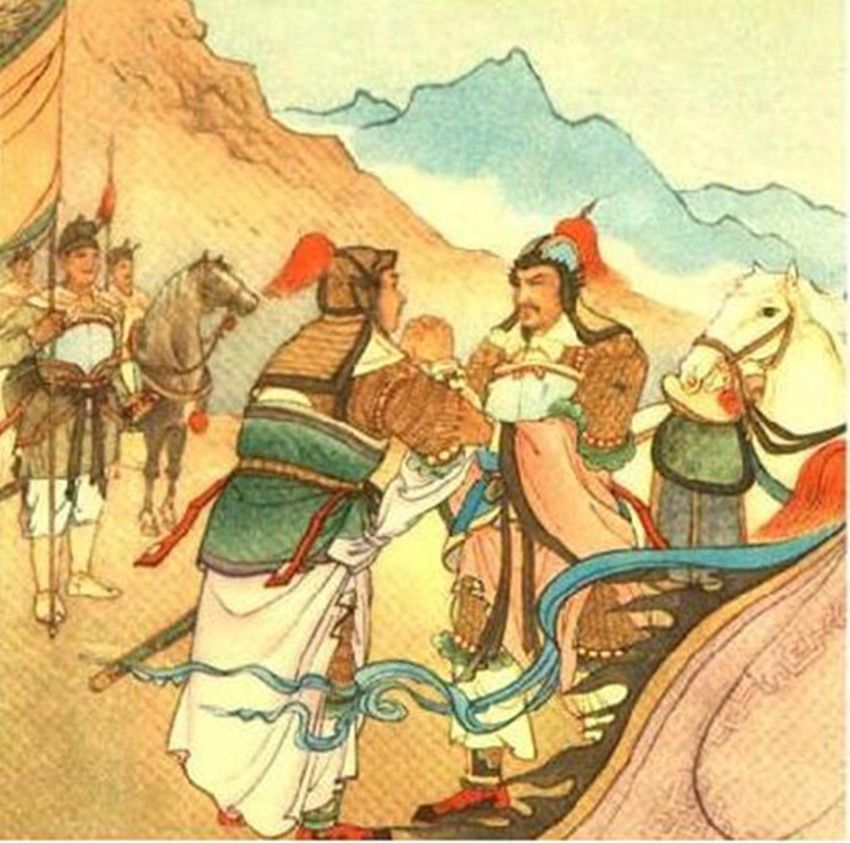
四海十年兵不解，胡尘直到江城。